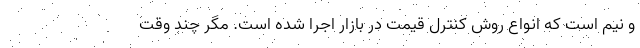
و نیم است که انواع روش کنترل قیمت در بازار اجرا شده است. مگر چند وقت